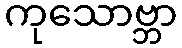
ကုသောဗ္ဘာ